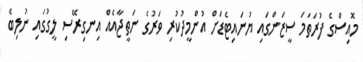
މޮއިސްގެ ފުރަތަމަ ސީޒަންގައި ޔުނައިޓެޑަށް އުންމީދުކުރި ވަރުގެ ނަތީޖާއެއް އިނގިރޭސި ލީގުގައި ނުލިބެ